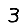
Digit: 3